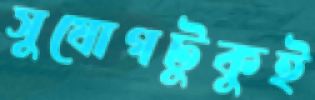
সুযোগটুকুই